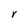
Character: Y